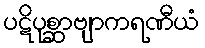
ပဋိပုစ္ဆာဗျာကရဏီယံ